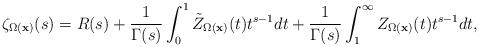
LaTeX: \begin{align*} \zeta_{\Omega({\bf x})} (s)= R(s)+{1\over \Gamma(s)} \int_{0}^{1} \tilde Z_{{\Omega({\bf x})}}(t) t^{s-1}dt + {1\over \Gamma(s)} \int_{1}^{\infty} Z_{{\Omega({\bf x})}}(t) t^{s-1}dt,\end{align*}